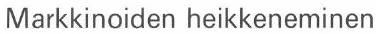
Markkinoiden heikkeneminen